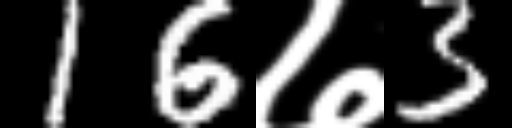
Text: 16७3